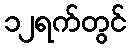
၁၂ရက်တွင်